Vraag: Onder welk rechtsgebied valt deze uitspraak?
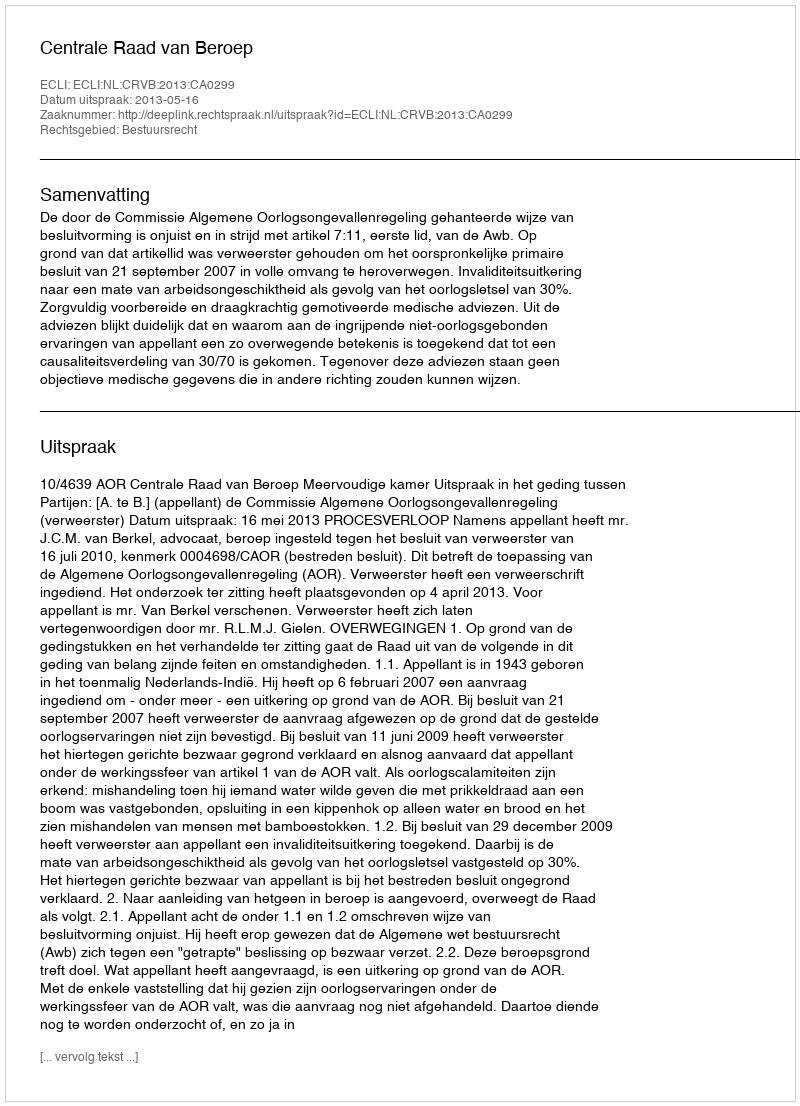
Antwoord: Bestuursrecht